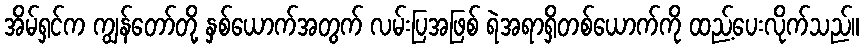
အိမ်ရှင်က ကျွန်တော်တို့ နှစ်ယောက်အတွက် လမ်းပြအဖြစ် ရဲအရာရှိတစ်ယောက်ကို ထည့်ပေးလိုက်သည်။